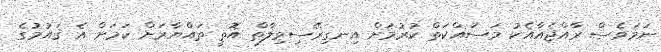
ނަމަވެސް ރާއްޖެއާއެކު މަސައްކަތް ކުރުމަށް އިނގިރޭސިވިލާތް އޮތީ ތައްޔާރަށް ކަމަށް އެ ޤައުމުގެ